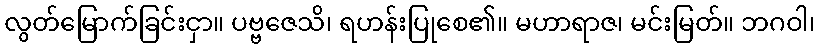
လွတ်မြောက်ခြင်းငှာ။ ပဗ္ဗဇေသိ၊ ရဟန်းပြုစေ၏။ မဟာရာဇ၊ မင်းမြတ်။ ဘဂဝါ၊